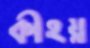
কীহয়